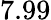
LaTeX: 7.99